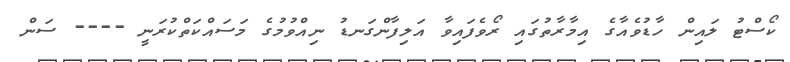
ކޯސްޓު ލައިން ހާޑުވެއާގެ އިމާރާތުގައި ރޯވެފައިވާ އަލިފާންގަނޑު ނިއްވުމުގެ މަސައްކަތްކުރަނީ ---- ސަން